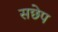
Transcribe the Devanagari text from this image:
सछेप